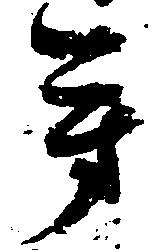
芳